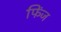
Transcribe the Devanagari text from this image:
फिंज